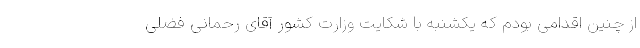
از چنین اقدامی بودم که یکشنبه با شکایت وزارت کشور آقای رحمانی فضلی